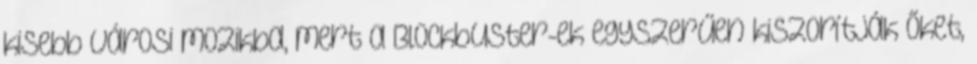
kisebb városi mozikba, mert a Blockbuster-ek egyszerűen kiszorítják őket,